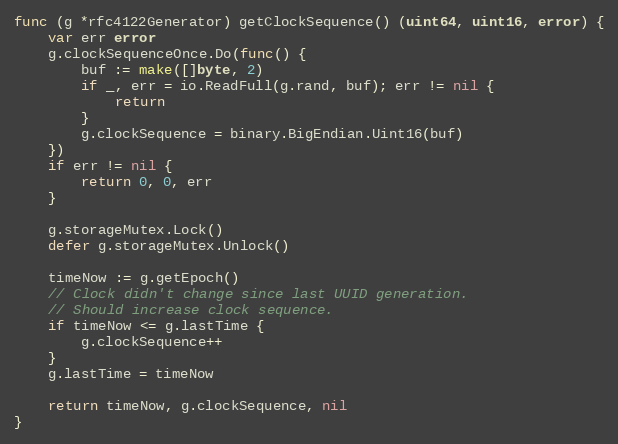
Language: Go
func (g *rfc4122Generator) getClockSequence() (uint64, uint16, error) {
	var err error
	g.clockSequenceOnce.Do(func() {
		buf := make([]byte, 2)
		if _, err = io.ReadFull(g.rand, buf); err != nil {
			return
		}
		g.clockSequence = binary.BigEndian.Uint16(buf)
	})
	if err != nil {
		return 0, 0, err
	}

	g.storageMutex.Lock()
	defer g.storageMutex.Unlock()

	timeNow := g.getEpoch()
	// Clock didn't change since last UUID generation.
	// Should increase clock sequence.
	if timeNow <= g.lastTime {
		g.clockSequence++
	}
	g.lastTime = timeNow

	return timeNow, g.clockSequence, nil
}